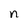
Character: n